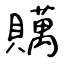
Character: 贎